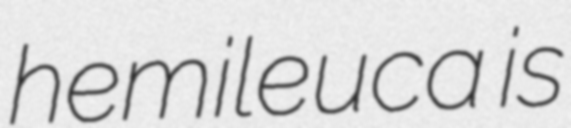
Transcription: hemileuca is